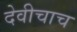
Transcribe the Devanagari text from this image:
देवीचाच